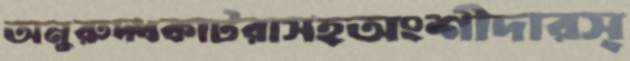
অনুরুদ্ধকাটরাসহঅংশীদারস্